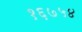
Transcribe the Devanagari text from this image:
१६७५४